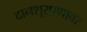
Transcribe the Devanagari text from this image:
दानशूरपणावर